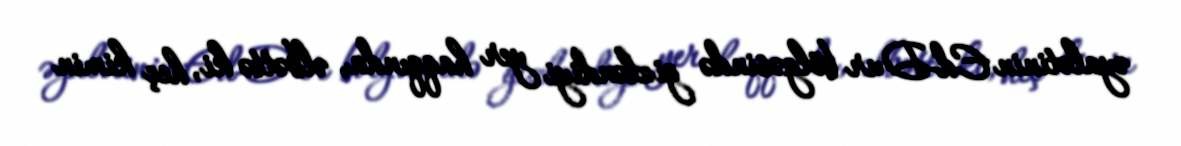
əyalətinin Ed-Dur bölgəsində gizləndiyi yer haqqında, əlbəttə ki, heç kimin